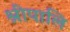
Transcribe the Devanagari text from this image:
श्रीपालि